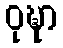
ဝုဍ္ဎာ